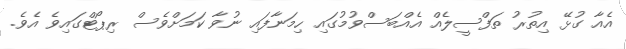
އެއާ ގުޅޭ އިތުރު ތަފްސީލެއް އެއްބަސްވުމުގައި ހިމަނާފައި ނުވާ ކަމަށްވެސް ރިޕޯޓްގައިވެ އެވެ.